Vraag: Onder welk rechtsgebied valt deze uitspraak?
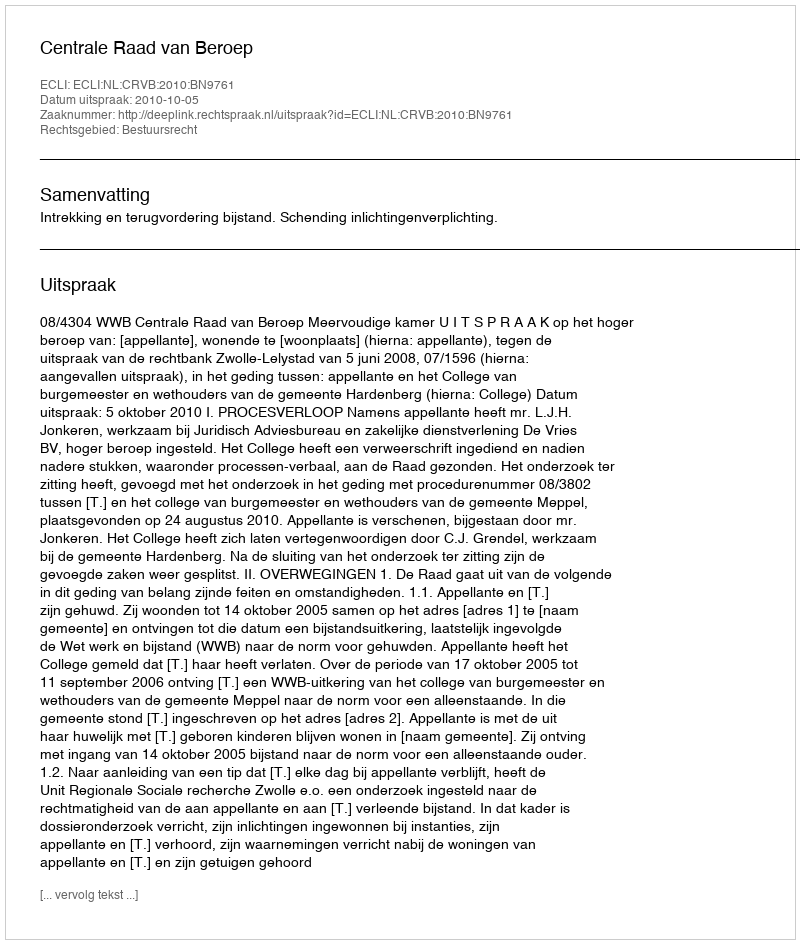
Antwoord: Bestuursrecht